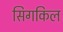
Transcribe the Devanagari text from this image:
सिगकिल